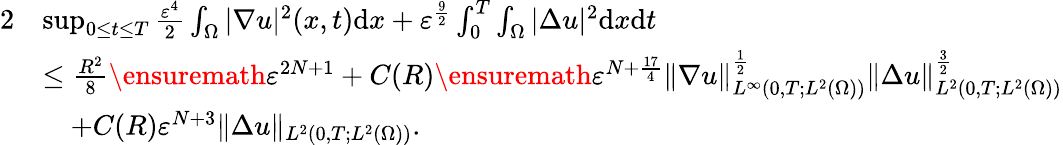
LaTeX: \begin{array}{rl}{{2}}&{\operatorname*{sup}_{0\leq t\leq T}\frac{\varepsilon^{4}}{2}\int_{\Omega}|\nabla u|^{2}(x,t)\mathrm{d}x+\varepsilon^{\frac{9}{2}}\int_{0}^{T}\int_{\Omega}|\Delta u|^{2}\mathrm{d}x\mathrm{d}t}\\ &{\leq\frac{R^{2}}{8}\ensuremath{\varepsilon}^{2N+1}+C(R)\ensuremath{\varepsilon}^{N+\frac{17}4}\| \nabla u\| _{L^{\infty}(0,T;L^{2}(\Omega))}^{\frac{1}{2}}\| \Delta u\| _{L^{2}(0,T;L^{2}(\Omega))}^{\frac{3}{2}}}\\ &{\quad+C(R)\varepsilon^{N+3}\| \Delta u\| _{L^{2}(0,T;L^{2}(\Omega))}.}\end{array}